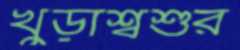
খুড়াশ্বশুর